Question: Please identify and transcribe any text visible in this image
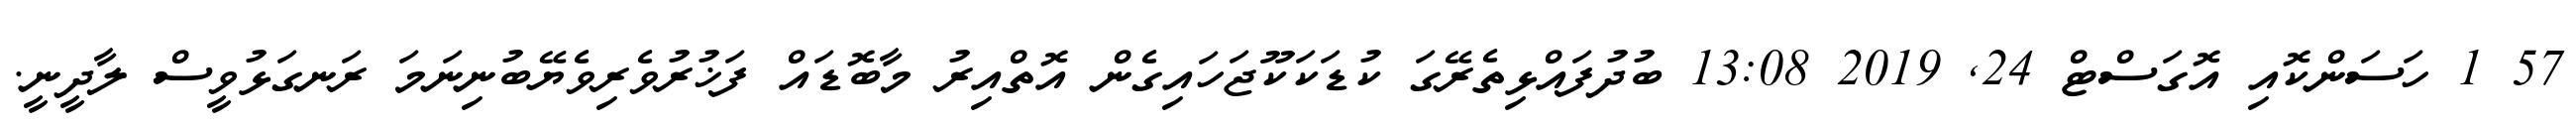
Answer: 57 1 ހަސަންކޮއި އޮގަސްޓް 24, 2019 13:08 ބުދުފައްޅިތެރޭގަ ކުޑަކަކޫޖަހައިގެން އޮތްއިރު މާބޮޑައް ފަޚުރުވެރިވެޔޭބުނިނަމަ ރަނގަޅުވީސް ލާދީނީ.